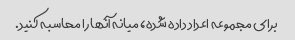
برای مجموعه اعداد داده شده، میانه آنها را محاسبه کنید.